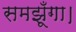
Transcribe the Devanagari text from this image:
समझूँगा।